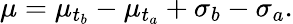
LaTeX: \mu=\mu_{t_{b}}-\mu_{t_{a}}+\sigma_{b}-\sigma_{a}.